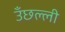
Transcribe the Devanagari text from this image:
उँछल्ली